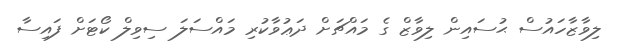
ލިވާޒާހައުސް ޙުސައިން ލިވާޒް ގެ މައްޗަށް ދަޢުވާކުރި މައްސަލަ ސިވިލް ކޯޓަށް ފައިސާ